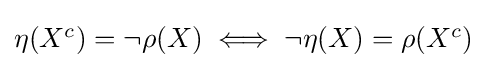
{\textstyle \eta (X^{c})=\neg \rho (X)\iff \neg \eta (X)=\rho (X^{c})}